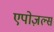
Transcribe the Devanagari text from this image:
एपोज़ल्स